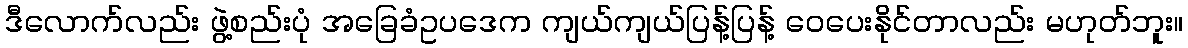
ဒီလောက်လည်း ဖွဲ့စည်းပုံ အခြေခံဥပဒေက ကျယ်ကျယ်ပြန့်ပြန့် ဝေပေးနိုင်တာလည်း မဟုတ်ဘူး။